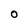
Character: O